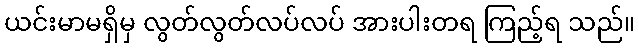
ယင်းမာမရှိမှ လွတ်လွတ်လပ်လပ် အားပါးတရ ကြည့်ရ သည်။